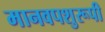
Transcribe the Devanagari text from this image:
मानवपशुरूपी